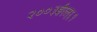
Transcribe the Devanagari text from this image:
२००३ईएल्‌६१